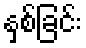
နှစ်ခြင်း